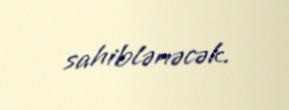
sahiblənəcək.